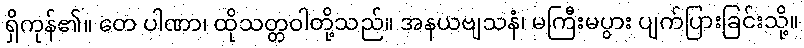
ရှိကုန်၏။ တေ ပါဏာ၊ ထိုသတ္တဝါတို့သည်။ အနယဗျသနံ၊ မကြီးမပွား ပျက်ပြားခြင်းသို့။